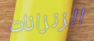
الزنزانات